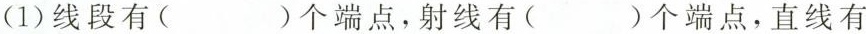
(1)线段有( )个端点，射线有( )个端点，直线有